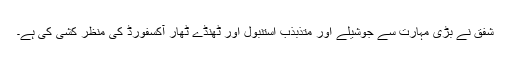
شفق نے بڑی مہارت سے جوشیلے اور متذبذب استنبول اور ٹھنڈے ٹھار آکسفورڈ کی منظر کشی کی ہے۔